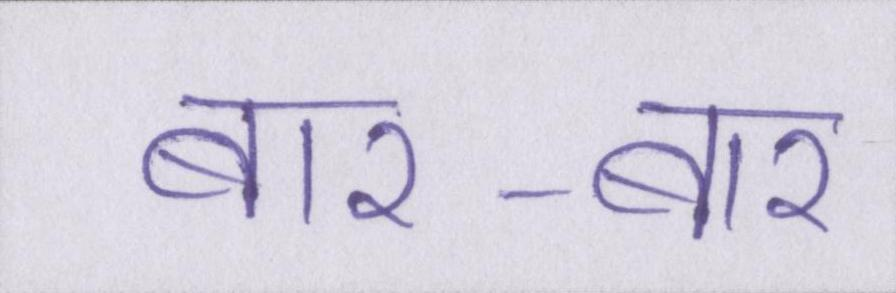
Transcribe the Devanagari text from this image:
बार-बार